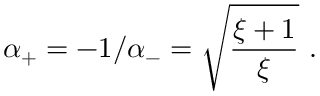
\alpha _ { + } = - 1 / \alpha _ { - } = \sqrt { \frac { \xi + 1 } { \xi } } \ .